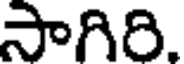
సాగిరి.